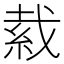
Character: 𦀂